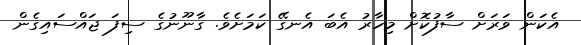
އެކަން ވަރަށް ސާފުކޮށް މިހާރު އެބަ އެނގޭ ކަމަށެވެ. ގާނޫނުގެ ސިފަ ޖައްސައިގެން